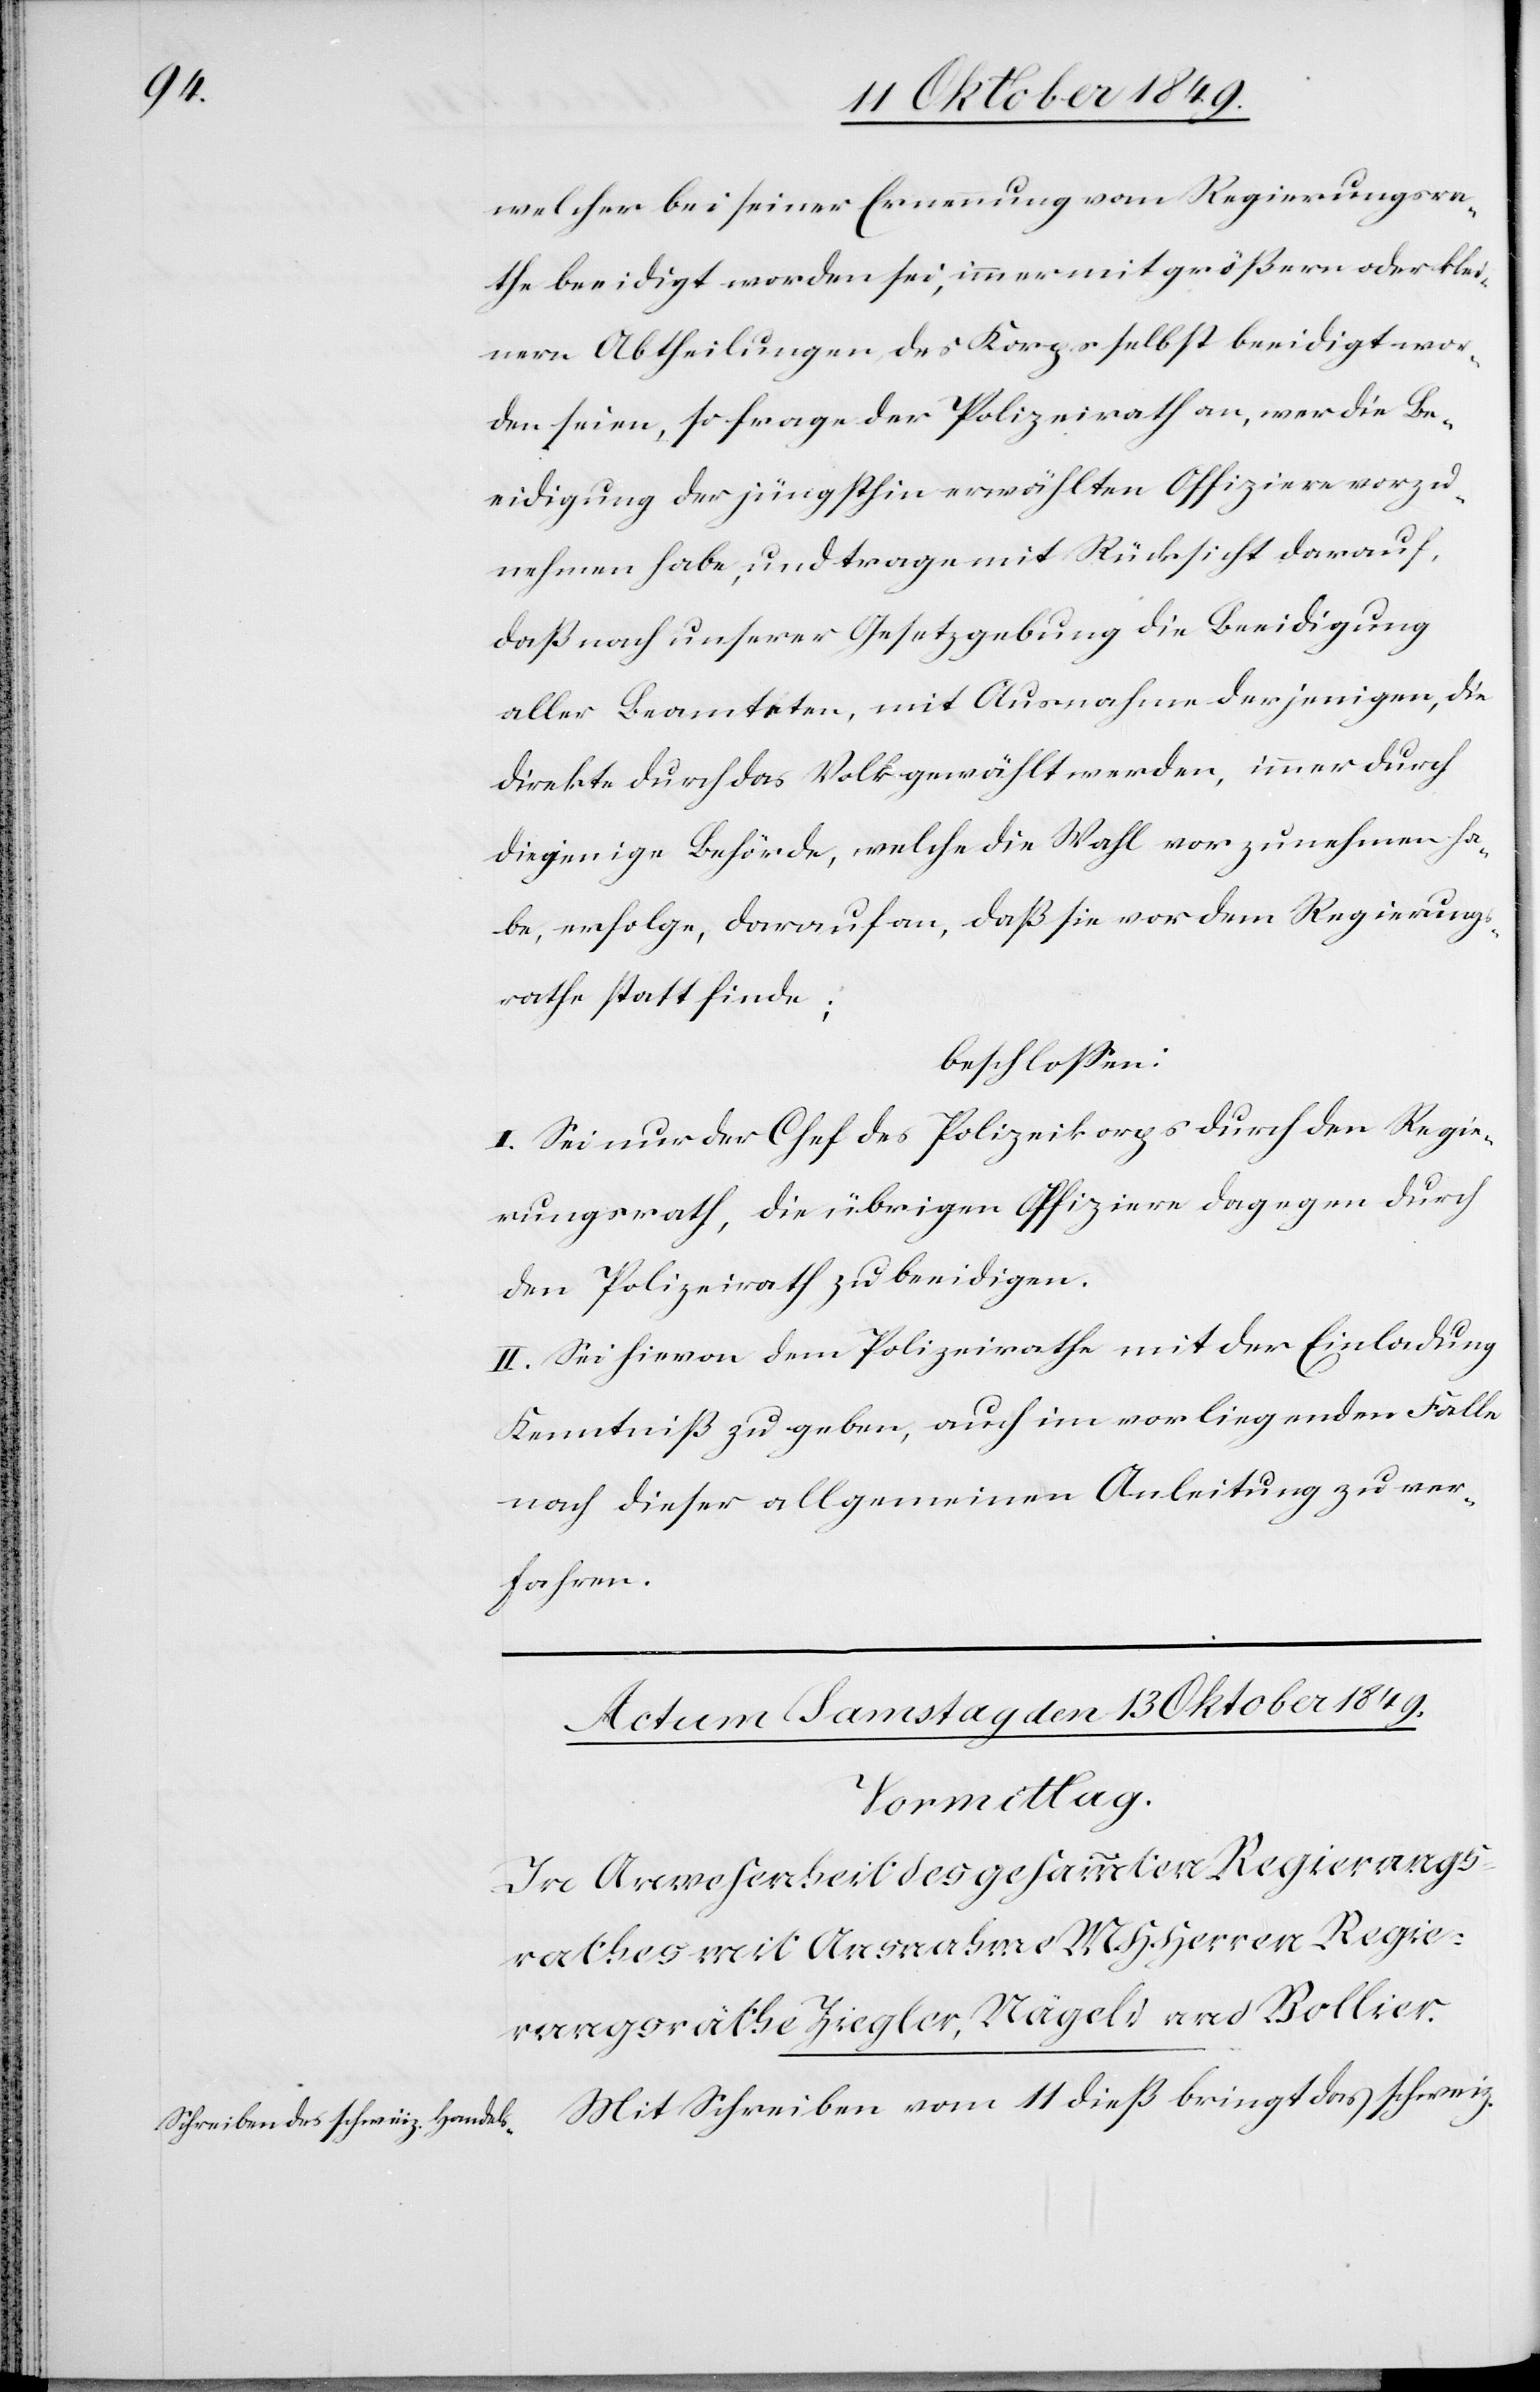
welcher bei seiner Ernennung vom Regierungsra¬
the beeidigt worden sei, immer mit größern oder klei¬
nern Abtheilungen des Korps selbst beeidigt wor¬
den seien, so frage der Polizeirath an, wer die Be¬
eidigung der jüngsthin erwählten Offiziere vorzu¬
nehmen habe, und trage mit Rücksicht darauf,
daß unserer Gesetzgebung die Beeidigung
aller Beamteten, mit Ausnahme derjenigen, die
direkte durch das Volk gewählt werden, immer durch
diejenige Behörde, welche die Wahl vorzunehmen ha¬
be, erfolge, darauf an, daß sie vor dem Regierungs¬
rathe statt finde;
beschloßen:
I. Sei nur der Chef des Polizeikorps durch den Regie¬
rungsrath, die übrigen Offiziere dagegen durch
den Polizeirath zu beeidigen.
II. Sei hievon dem Polizeirathe mit der Einladung
Kentnniß zu geben, auch im vorliegenden Falle
nach dieser allgemeinen Anleitung zu ver¬
fahren.
Mit Schreiben vom 11 dieß bringt das schweiz.